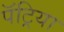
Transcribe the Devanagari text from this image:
पॅट्रिया